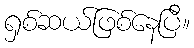
ရှစ်ဆယ်ဖြစ်နေပြီ။